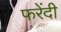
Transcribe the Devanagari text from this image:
फरेंदी